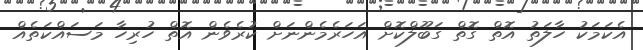
އެކަމަކު ހާލަތު އޮތް ގޮތް ގަބޫލްކޮށް އަހަރެމެންނަށް ކުރެވެން އޮތް ހުރިހާ މަސައްކަތެއް